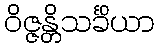
ဝိဇ္ဇန္တိသင်္ခိယာ